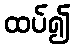
ထပ်၍